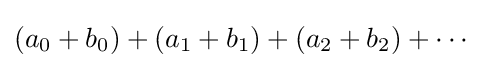
{\textstyle (a_{0}+b_{0})+(a_{1}+b_{1})+(a_{2}+b_{2})+\cdots \,}